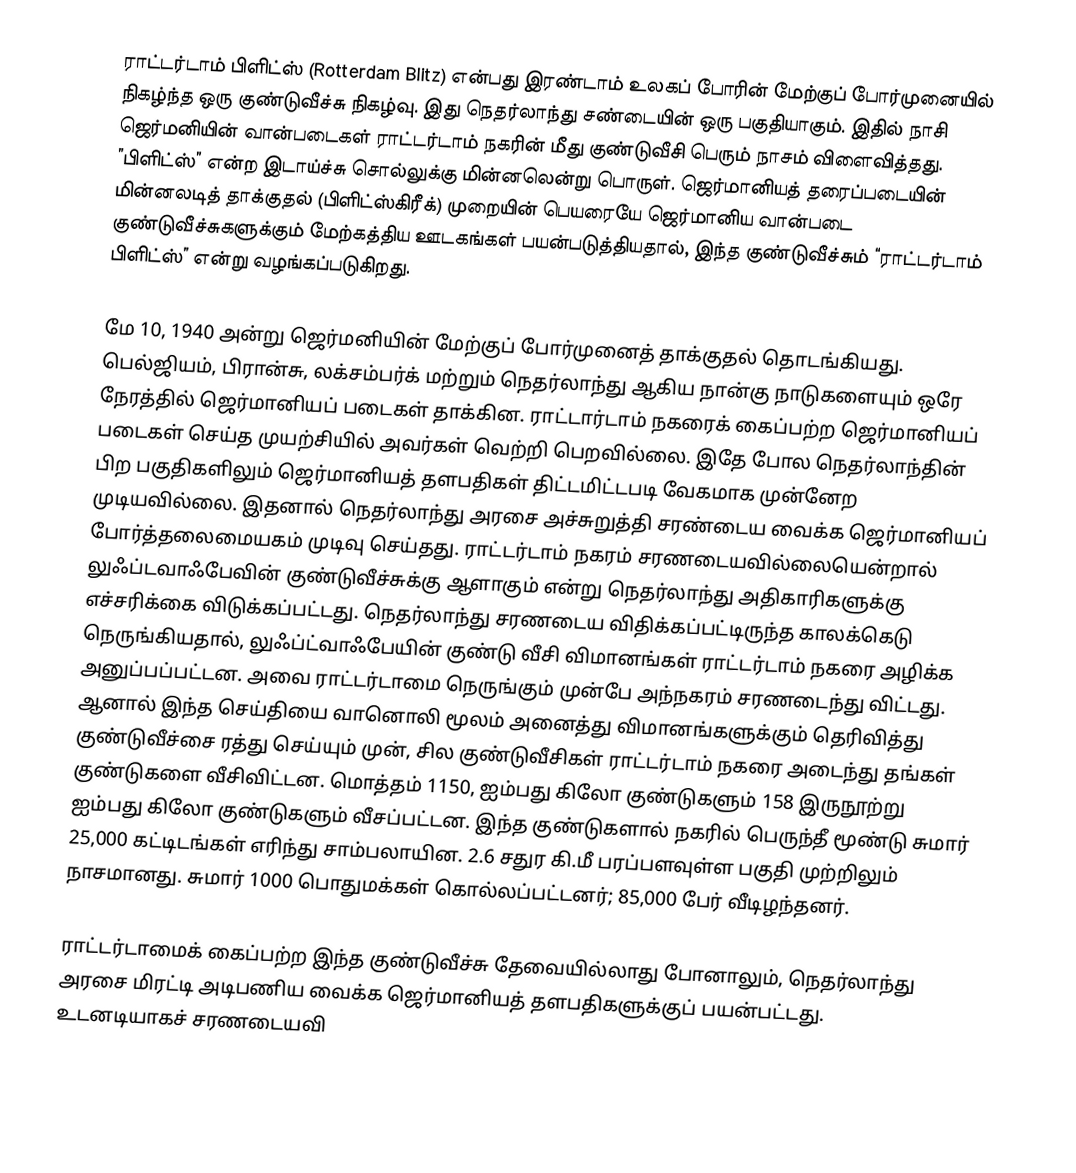
ராட்டர்டாம் பிளிட்ஸ் (Rotterdam Blitz) என்பது இரண்டாம் உலகப் போரின் மேற்குப் போர்முனையில் நிகழ்ந்த ஒரு குண்டுவீச்சு நிகழ்வு. இது நெதர்லாந்து சண்டையின் ஒரு பகுதியாகும். இதில் நாசி ஜெர்மனியின் வான்படைகள் ராட்டர்டாம் நகரின் மீது குண்டுவீசி பெரும் நாசம் விளைவித்தது. ”பிளிட்ஸ்” என்ற இடாய்ச்சு சொல்லுக்கு மின்னலென்று பொருள். ஜெர்மானியத் தரைப்படையின் மின்னலடித் தாக்குதல் (பிளிட்ஸ்கிரீக்) முறையின் பெயரையே ஜெர்மானிய வான்படை குண்டுவீச்சுகளுக்கும் மேற்கத்திய ஊடகங்கள் பயன்படுத்தியதால், இந்த குண்டுவீச்சும் “ராட்டர்டாம் பிளிட்ஸ்” என்று வழங்கப்படுகிறது.

மே 10, 1940 அன்று ஜெர்மனியின் மேற்குப் போர்முனைத் தாக்குதல் தொடங்கியது. பெல்ஜியம், பிரான்சு, லக்சம்பர்க் மற்றும் நெதர்லாந்து ஆகிய நான்கு நாடுகளையும் ஒரே நேரத்தில் ஜெர்மானியப் படைகள் தாக்கின. ராட்டார்டாம் நகரைக் கைப்பற்ற ஜெர்மானியப் படைகள் செய்த முயற்சியில் அவர்கள் வெற்றி பெறவில்லை. இதே போல நெதர்லாந்தின் பிற பகுதிகளிலும் ஜெர்மானியத் தளபதிகள் திட்டமிட்டபடி வேகமாக முன்னேற முடியவில்லை. இதனால் நெதர்லாந்து அரசை அச்சுறுத்தி சரண்டைய வைக்க ஜெர்மானியப் போர்த்தலைமையகம் முடிவு செய்தது. ராட்டர்டாம் நகரம் சரணடையவில்லையென்றால் லுஃப்டவாஃபேவின் குண்டுவீச்சுக்கு ஆளாகும் என்று நெதர்லாந்து அதிகாரிகளுக்கு எச்சரிக்கை விடுக்கப்பட்டது. நெதர்லாந்து சரணடைய விதிக்கப்பட்டிருந்த காலக்கெடு நெருங்கியதால், லுஃப்ட்வாஃபேயின் குண்டு வீசி விமானங்கள் ராட்டர்டாம் நகரை அழிக்க அனுப்பப்பட்டன. அவை ராட்டர்டாமை நெருங்கும் முன்பே அந்நகரம் சரணடைந்து விட்டது. ஆனால் இந்த செய்தியை வானொலி மூலம் அனைத்து விமானங்களுக்கும் தெரிவித்து குண்டுவீச்சை ரத்து செய்யும் முன், சில குண்டுவீசிகள் ராட்டர்டாம் நகரை அடைந்து தங்கள் குண்டுகளை வீசிவிட்டன. மொத்தம் 1150, ஐம்பது கிலோ குண்டுகளும் 158 இருநூற்று ஐம்பது கிலோ குண்டுகளும் வீசப்பட்டன. இந்த குண்டுகளால் நகரில் பெருந்தீ மூண்டு சுமார் 25,000 கட்டிடங்கள் எரிந்து சாம்பலாயின. 2.6 சதுர கி.மீ பரப்பளவுள்ள பகுதி முற்றிலும் நாசமானது. சுமார் 1000 பொதுமக்கள் கொல்லப்பட்டனர்; 85,000 பேர் வீடிழந்தனர்.

ராட்டர்டாமைக் கைப்பற்ற இந்த குண்டுவீச்சு தேவையில்லாது போனாலும், நெதர்லாந்து அரசை மிரட்டி அடிபணிய வைக்க ஜெர்மானியத் தளபதிகளுக்குப் பயன்பட்டது. உடனடியாகச் சரணடையவி